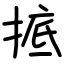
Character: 掋